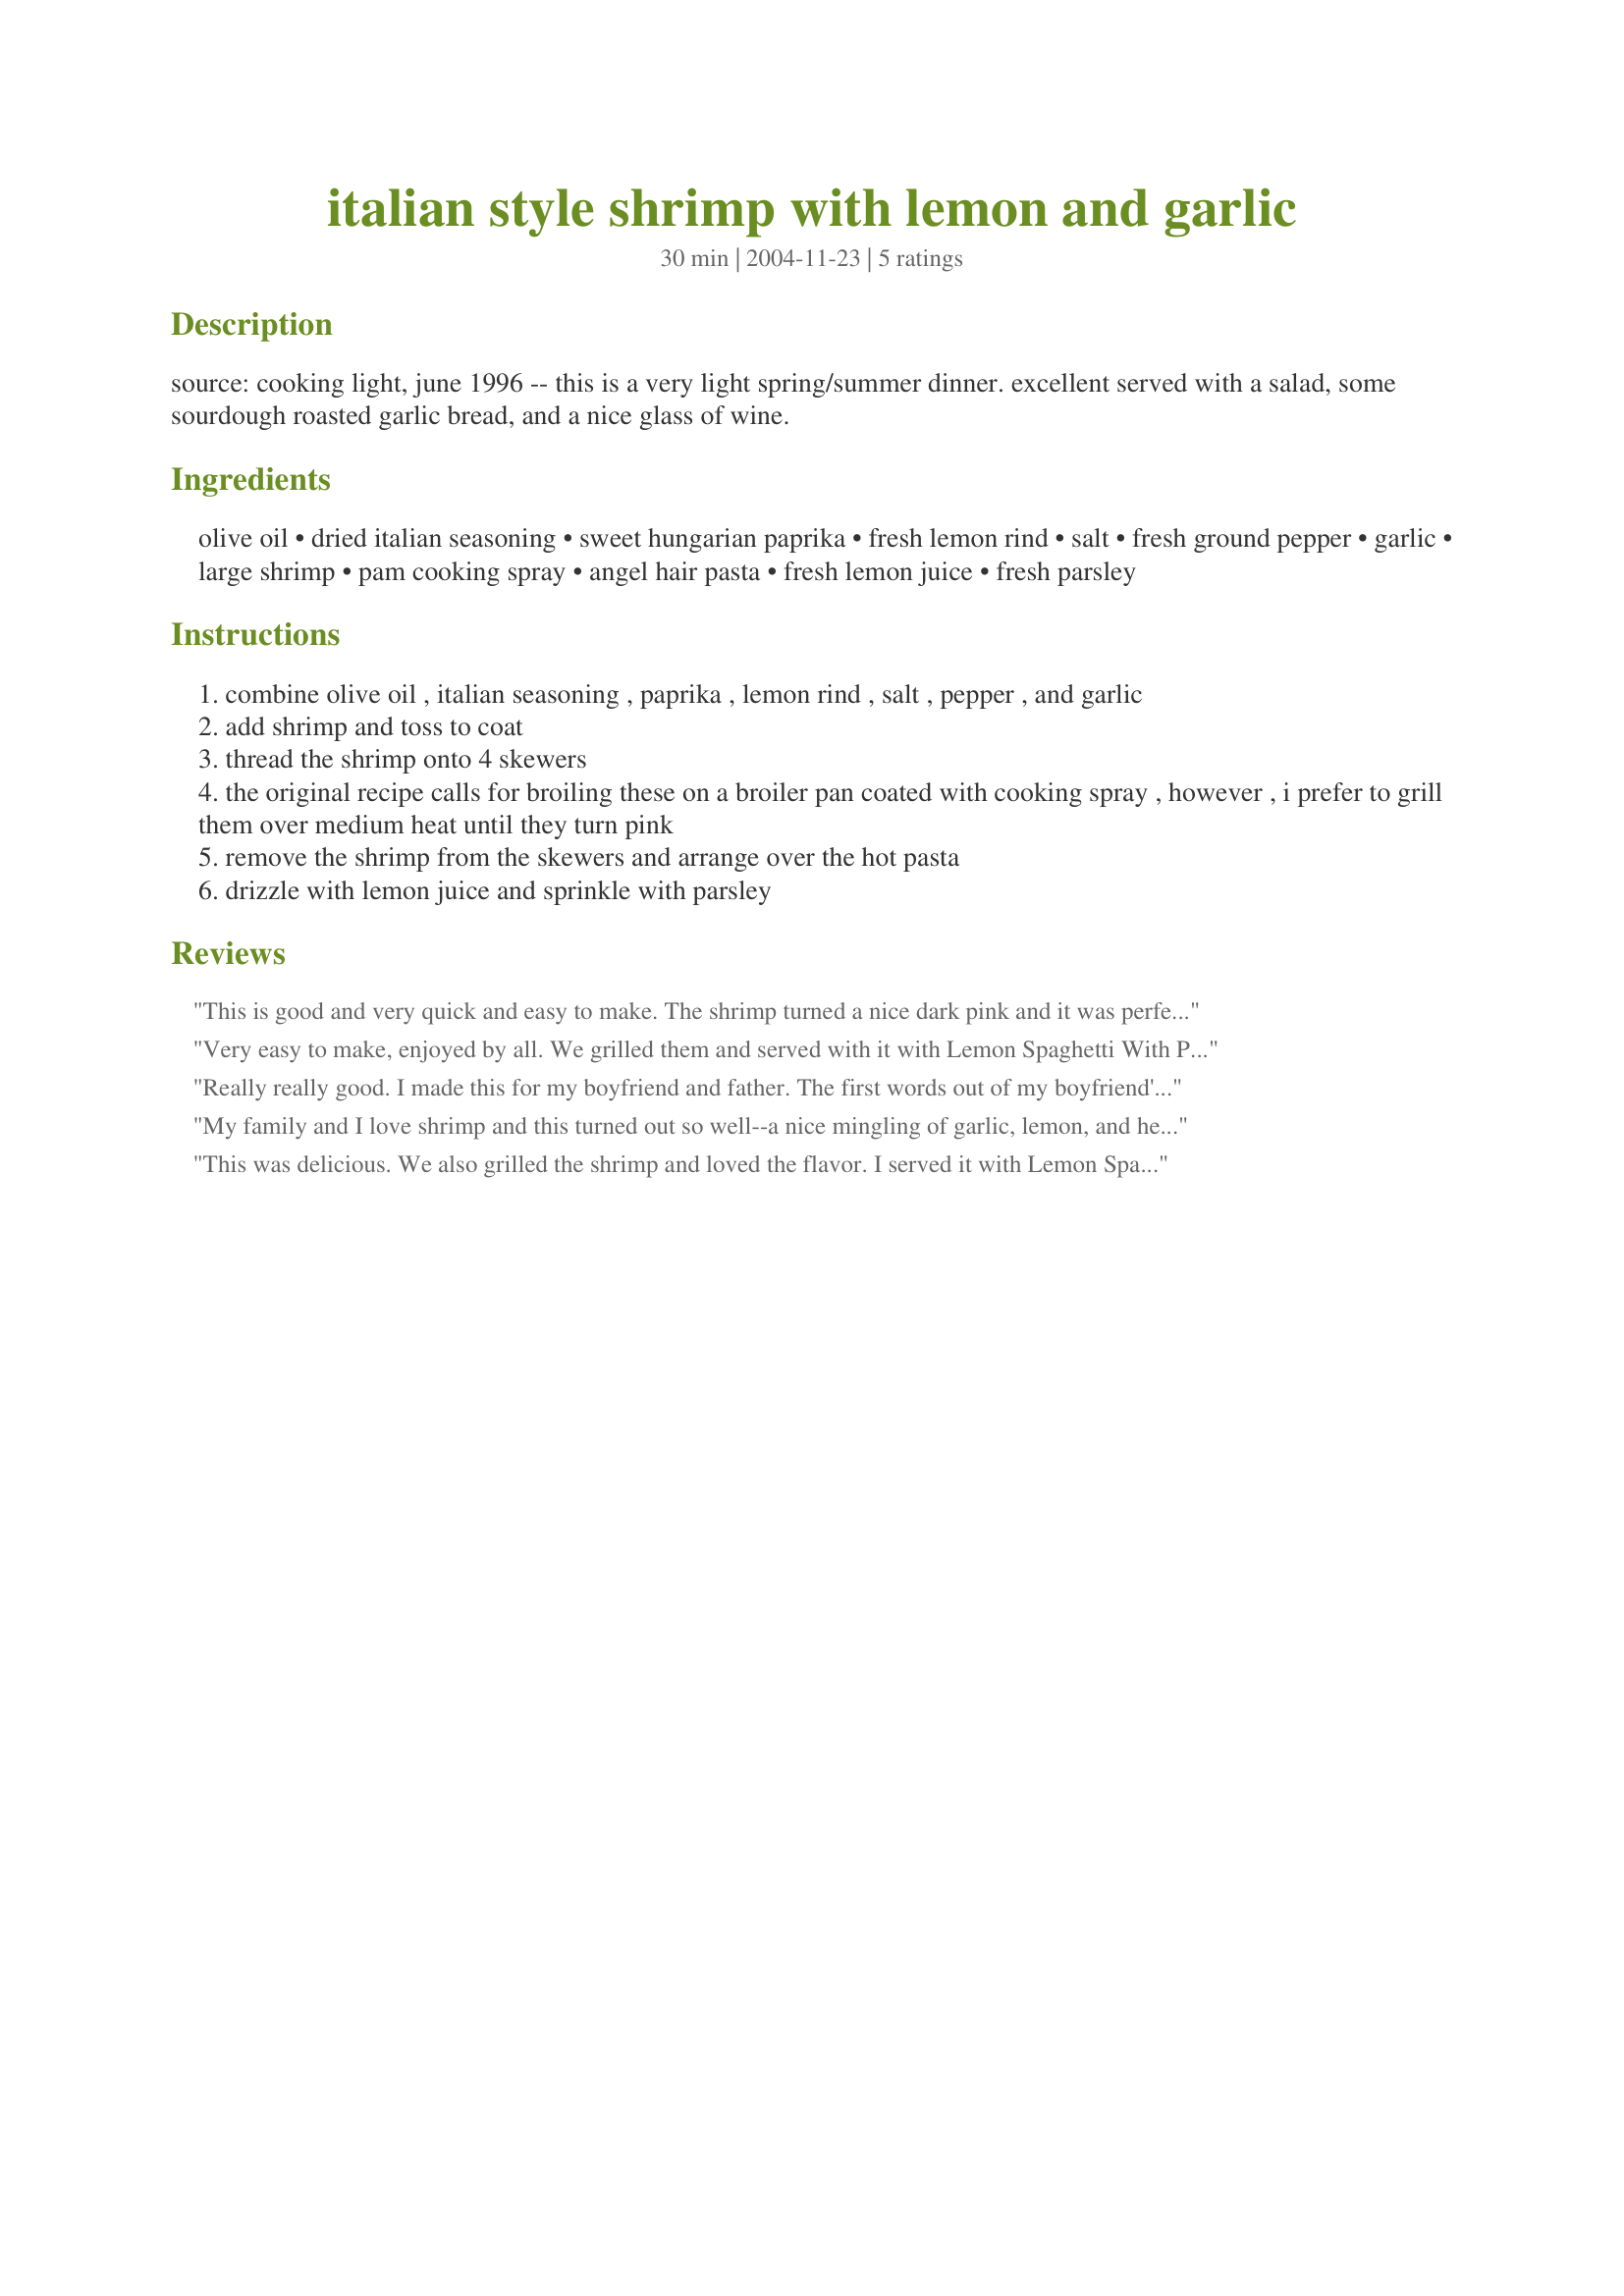
italian style shrimp with lemon and garlic
Preparation time: 30 minutes

source: cooking light, june 1996 -- this is a very light spring/summer dinner. excellent served with a salad, some sourdough roasted garlic bread, and a nice glass of wine.

Ingredients:
olive oil, dried italian seasoning, sweet hungarian paprika, fresh lemon rind, salt, fresh ground pepper, garlic, large shrimp, pam cooking spray, angel hair pasta, fresh lemon juice, fresh parsley

Steps:
combine olive oil , italian seasoning , paprika , lemon rind , salt , pepper , and garlic
add shrimp and toss to coat
thread the shrimp onto 4 skewers
the original recipe calls for broiling these on a broiler pan coated with cooking spray , however , i prefer to grill them over medium heat until they turn pink
remove the shrimp from the skewers and arrange over the hot pasta
drizzle with lemon juice and sprinkle with parsley

Reviews:
This is good and very quick and easy to make. The shrimp turned a nice dark pink and it was perfect tossed with the pasta. Everyone liked it. DD especially liked the shrimp. I didn't have Italian seasoning so I used a comination of basil, thyme and oregano.
Very easy to make, enjoyed by all. We grilled them and served with it with Lemon Spaghetti With Parmesan #168660 just like Sugarpea. Very tasty and great for Barbq's will become a regular at ours.
Really really good. I made this for my boyfriend and father. The first words out of my boyfriend's mouth were, "Omg. This is the best shrimp you've ever made." I chose to grill them as well. My father (a man of few words) said, "Very tasty". I personally loved the shrimp. The pasta with only the lemon juice and parsley seemed a little dry but you could use this shrimp on top of anything. Loved it.
My family and I love shrimp and this turned out so well--a nice mingling of garlic, lemon, and herb. My husband braved the cold and cooked these on the grill which added a little smokiness to the flavor. The shrimp looked very beautiful arranged over a bed of angel hair pasta. I served this with a side salad and white wine. Very simple, elegant, and healthy. Thanks for posting.
This was delicious. We also grilled the shrimp and loved the flavor. I served it with Lemon Spaghetti With Parmesan #168660, a perfect combination.
